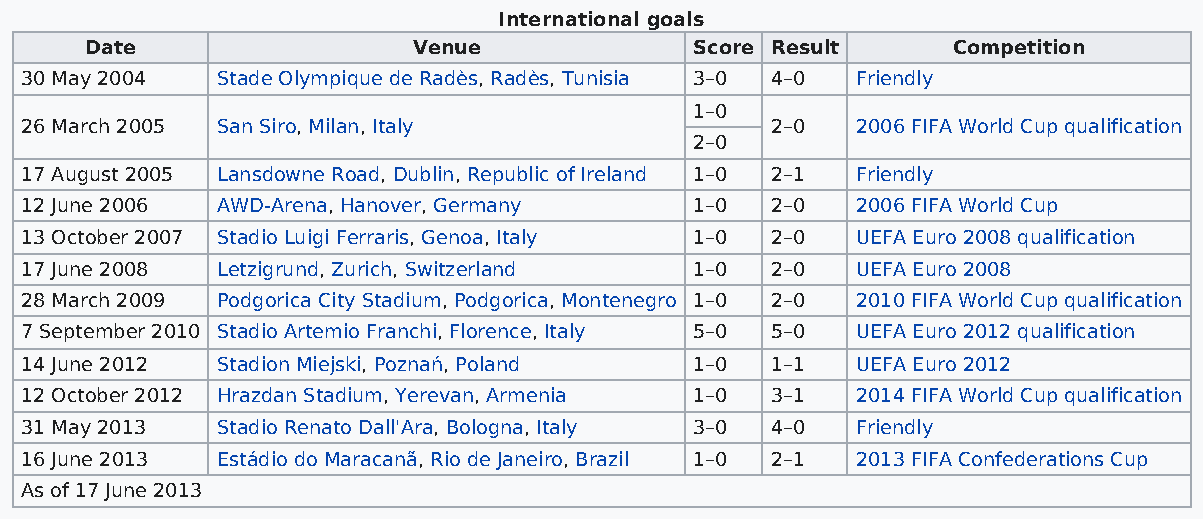
International goals
 Date                 Venue              Score Result     Competition
 30 May 2004  Stade Olympique de Radès, Radès, Tunisia 3–0 4–0 Friendly
 1–0
 26 March 2005 San Siro, Milan, Italy              2–0   2006 FIFA World Cup qualification
 2–0
 17 August 2005 Lansdowne Road, Dublin, Republic of Ireland 1–0 2–1 Friendly
 12 June 2006 AWD-Arena, Hanover, Germany     1–0  2–0   2006 FIFA World Cup
 13 October 2007 Stadio Luigi Ferraris, Genoa, Italy 1–0 2–0 UEFA Euro 2008 qualification
 17 June 2008 Letzigrund, Zurich, Switzerland 1–0  2–0   UEFA Euro 2008
 28 March 2009 Podgorica City Stadium, Podgorica, Montenegro 1–0 2–0 2010 FIFA World Cup qualification
 7 September 2010 Stadio Artemio Franchi, Florence, Italy 5–0 5–0 UEFA Euro 2012 qualification
 14 June 2012 Stadion Miejski, Poznań, Poland 1–0  1–1   UEFA Euro 2012
 12 October 2012 Hrazdan Stadium, Yerevan, Armenia 1–0 3–1 2014 FIFA World Cup qualification
 31 May 2013  Stadio Renato Dall'Ara, Bologna, Italy 3–0 4–0 Friendly
 16 June 2013 Estádio do Maracanã, Rio de Janeiro, Brazil 1–0 2–1 2013 FIFA Confederations Cup
 As of 17 June 2013